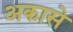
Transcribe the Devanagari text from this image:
अकासे